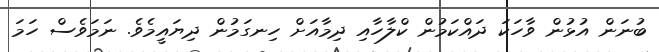
ބުނަން އުޅުން ވާހަކަ ދައްކަމުން ކްލާހާއި ދިމާއަށް ހިނގަމުން ދިޔައީމެވެ. ނަމަވެސް ހަމަ